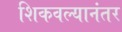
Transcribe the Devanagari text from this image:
शिकवल्यानंतर